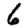
Digit: 6